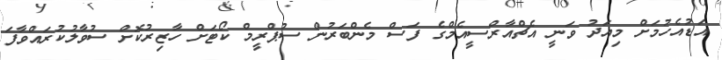
އަޑުއެހުމަށް މިއަދު ވަނީ އެޗްއާރްސީއެމްގެ ފަސް މެންބަރުން ސުޕްރީމް ކޯޓަށް ހާޒިރުކޮށް ސުވާލުކުރައްވާފަ